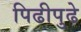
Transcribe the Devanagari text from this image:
पिढीपुढे